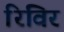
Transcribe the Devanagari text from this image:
रिविर